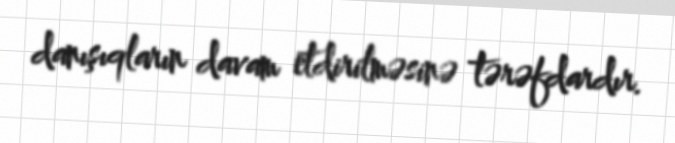
danışıqların davam etdirilməsinə tərəfdardır.